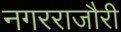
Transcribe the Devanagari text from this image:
नगरराजौरी